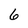
Character: 6